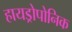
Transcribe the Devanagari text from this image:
हायड्रोपोनिक